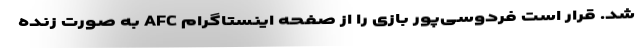
شد. قرار است فردوسی‌پور بازی را از صفحه اینستاگرام AFC به صورت زنده